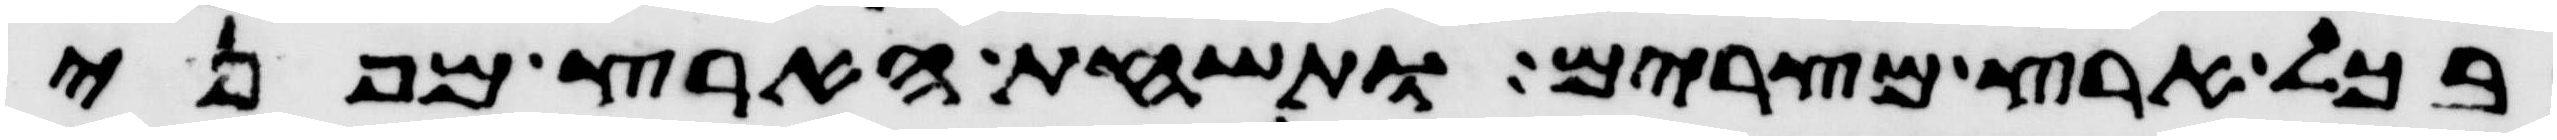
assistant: בכל ארץ מצרים ותשחת הארץ מפני